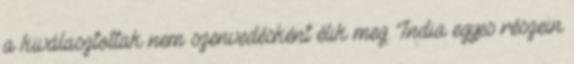
a kiválasztottak nem szenvedésként élik meg. India egyes részein